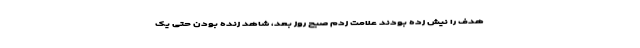
هدف را نیش زده بودند علامت زدم صبح روز بعد، شاهد زنده بودن حتی یک